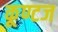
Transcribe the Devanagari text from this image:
कूण्टज